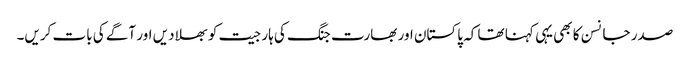
صدر جانسن کا بھی یہی کہنا تھا کہ پاکستان اور بھارت جنگ کی ہار جیت کو بھلا دیں اور آگے کی بات کریں۔